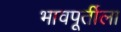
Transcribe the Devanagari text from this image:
भावपूर्तीला